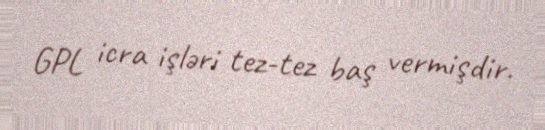
GPL icra işləri tez-tez baş vermişdir.